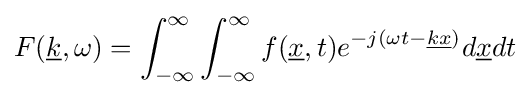
F({\underline {k}},\omega )=\int _{-\infty }^{\infty }\int _{-\infty }^{\infty }f({\underline {x}},t)e^{-j(\omega t-{\underline {k}}{\underline {x}})}d{\underline {x}}dt